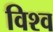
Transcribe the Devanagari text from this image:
विश्व